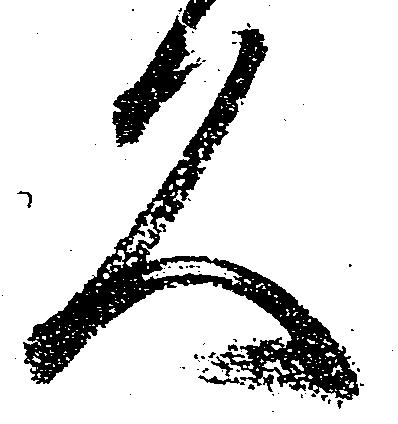
久